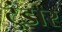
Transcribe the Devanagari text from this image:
टुंडार